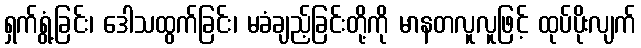
ရှက်ရွံ့ခြင်း၊ ဒေါသထွက်ခြင်း၊ မခံချည့်ခြင်းတို့ကို မာနတလူလူဖြင့် ထုပ်ပိုးလျက်